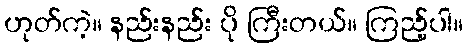
ဟုတ်ကဲ့။ နည်းနည်း ပို ကြီးတယ်။ ကြည့်ပါ။